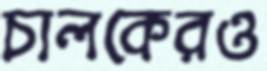
চালকেরও